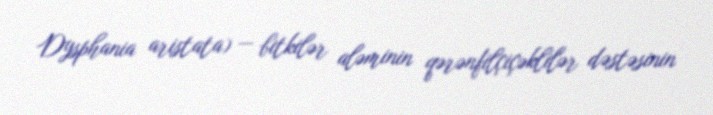
Dysphania aristata) — bitkilər aləminin qərənfilçiçəklilər dəstəsinin